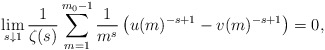
\begin{align*}\lim_{s\downarrow1}\frac{1}{\zeta(s)}\sum_{m=1}^{m_0-1}\frac{1}{m^s}\left(u(m)^{-s+1} - v(m)^{-s+1}\right)=0,\end{align*}